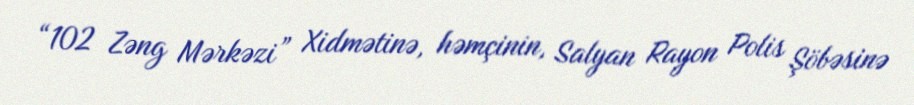
“102 Zəng Mərkəzi” Xidmətinə, həmçinin, Salyan Rayon Polis Şöbəsinə